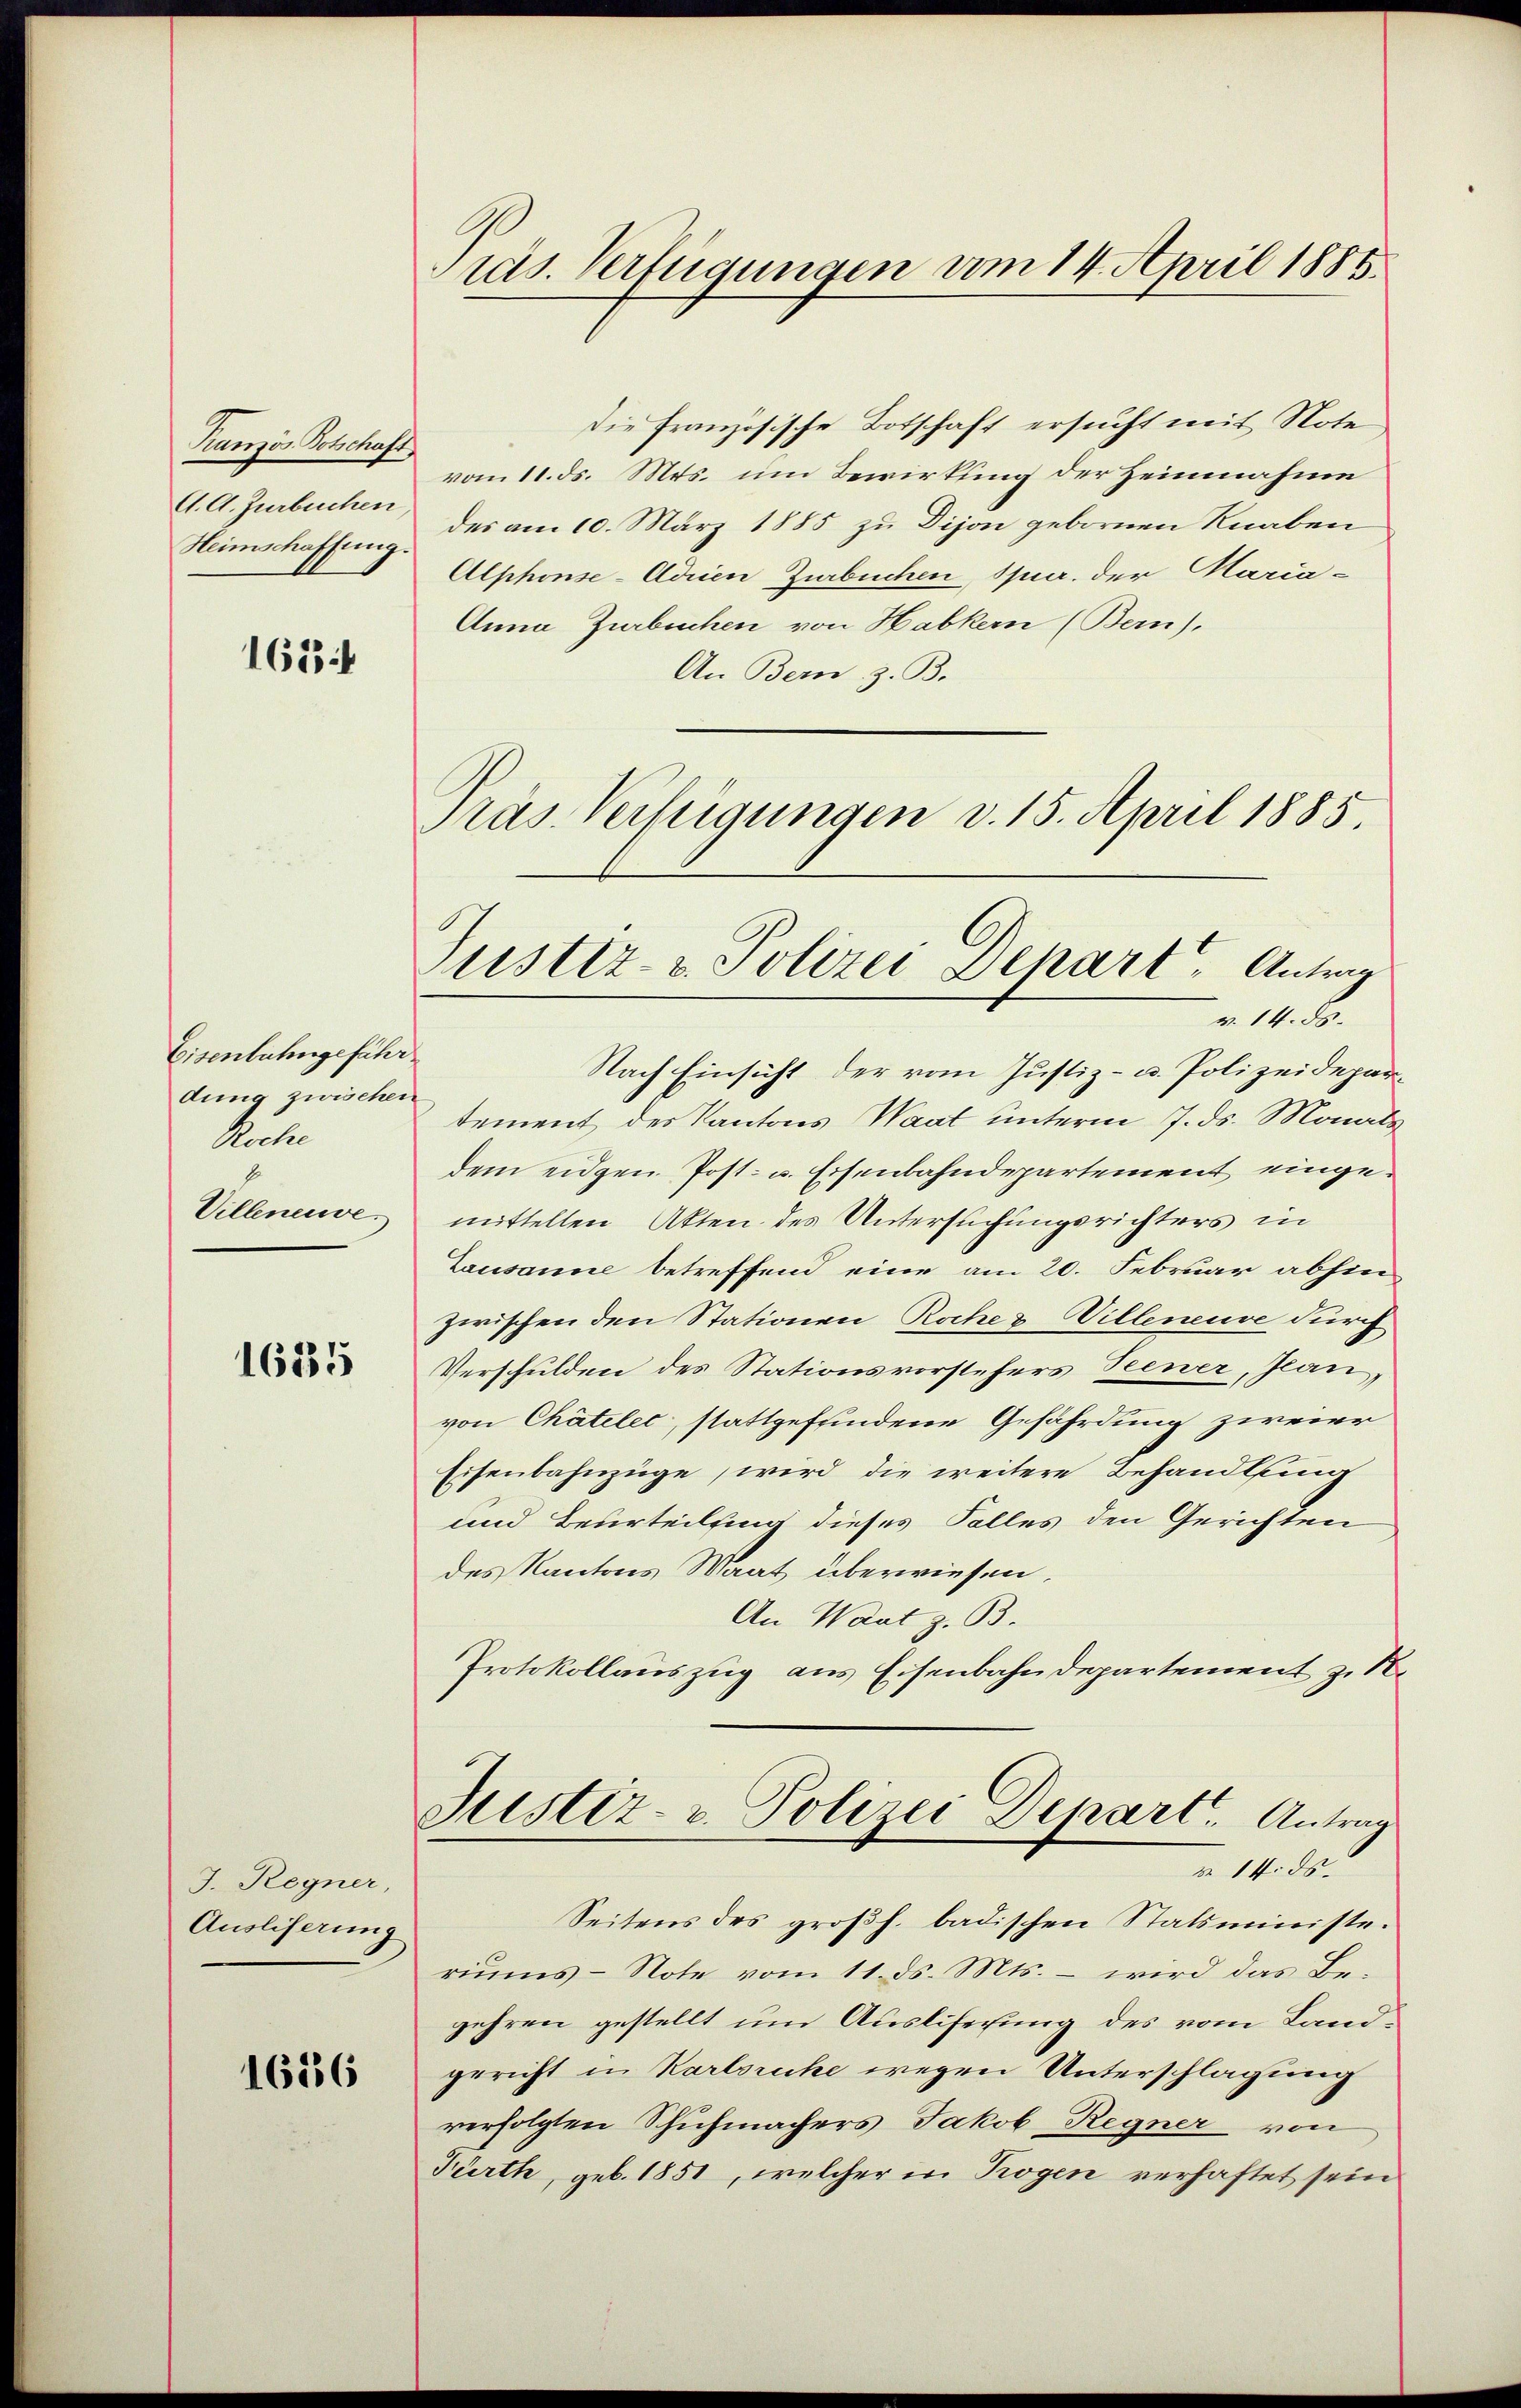
Kranzös. Botschaft
A. A. Zurbuchen

163

Eisenbahngefähr
dung zwischei
Roche
Villeneuve

1685

J. Regner,
Ausliserung

1656

ids. Verfügungen vom 14. April 1885.

Die Französische Botschaft ersucht mit Note
vom 11. ds. Mts. um Bewirkung der Heinnahme
Heimschaffung des am 10. März 1885 zu Dijon gebornen Knaben
Alphonse-Adrien Zurbuchen, Spur. der Maria-
Anna Zurbuchen von Habkern (Bern),
An Bern, z. B.
Präs. Verfügungen v. 15. April 1885.

Justiz- & Polizei Dehart, Antrag
 14.

Nach Einsicht der vom Justiz- u. Polizeidepartement des Kantons Waat unterm 7. ds. Monats
dem eidgen. Post- u. Eisenbahndepartement eingemittelten Akten des Untersuchungsrichters in
Lausanne betreffend eine am 20. Februar abhin
zwischen den Stationen Roches Villeneuve durch
Verschulden des Stationsvorstehers Seener, Jeanvon Chätelet, stattgefundene Gefährdung zweier
Eisenbahnzüge, wird die weitere Behandlung
und Beurteilung dieses Falles den Gerichten
des Kantons Maat überwiesen,
An Waat z. B.
Protokollauszug aus Eisenbahndepartement zu
Justiz- & Polizei Depart. Antrag
m 14. ds.
Seitens des großh. badischen Statsministe.
riums-Note vom 11. ds. Mts. – wird das Begehren gestellt um Ausliferung des vom Landgericht in Karlsruhe wegen Unterschlagung
verfolgten Schuhmachers Jakob Regner von
Fürth, geb. 1851, welcher in Rogen verhaftet sein